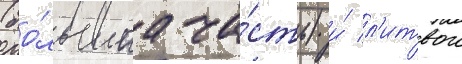
(бо́льшаа ча́сть) и́ л'итвои